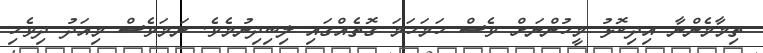
ތިމާމެންނާ އިދިކޮޅު މީހުންނަށް ވެސް ހަމަހަމަ ގޮތެއްގައި ލިބިދިނުމެވެ. ނަމަވެސް މިއަދު ދިވެހި